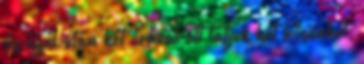
és éjfél után két órával ott látjuk két hősünket,